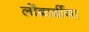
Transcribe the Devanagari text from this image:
लोंबार्दीया